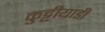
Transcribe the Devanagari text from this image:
कुट्टीयाडी